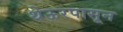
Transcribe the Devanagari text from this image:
थेऊरपासून